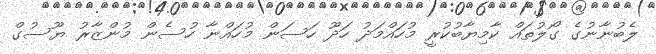
ލެބުނާނުގެ ގޯލުތައް ކާމިޔާބުކުރީ މުހައްމަދު ހަދޫ ހަސަން މުހައްނާ ހުސެން މުންޒާރު ޔޫސުގް